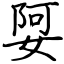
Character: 娿